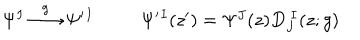
LaTeX: \begin{array} { c c } { { \Psi ^ { I } \stackrel { g } { \longrightarrow } \Psi ^ { \prime } { } ^ { I } } } & { { \Psi ^ { \prime } { } ^ { I } ( z ^ { \prime } ) = \Psi ^ { J } ( z ) D _ { J } ^ { ~ I } ( z ; g ) } } \\ \end{array}